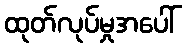
ထုတ်လုပ်မှုအပေါ်